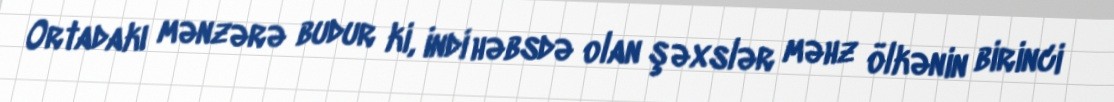
Ortadakı mənzərə budur ki, indi həbsdə olan şəxslər məhz ölkənin birinci